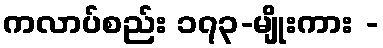
ကလာပ်စည်း ၁၇၃-မျိုးကား -